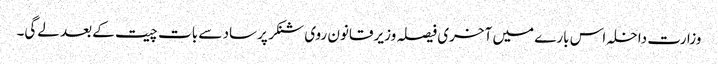
وزارت داخلہ اس بارے میں آخری فیصلہ وزیر قانون روی شنکر پرساد سے بات چیت کے بعد لے‌گی۔